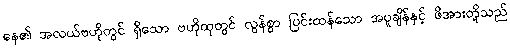
နေ၏ အလယ်ဗဟိုတွင် ရှိသော ဗဟိုထုတွင် လွန်စွာ ပြင်းထန်သော အပူချိန်နှင့် ဖိအားတို့သည်